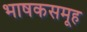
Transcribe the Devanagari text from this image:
भाषकसमूह